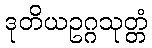
ဒုတိယဥဂ္ဂသုတ္တံ